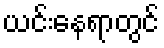
ယင်းနေရာတွင်